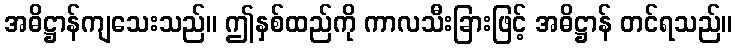
အဓိဋ္ဌာန်ကျသေးသည်။ ဤနှစ်ထည်ကို ကာလသီးခြားဖြင့် အဓိဋ္ဌာန် တင်ရသည်။